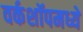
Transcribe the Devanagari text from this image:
वर्कशॉपमध्ये